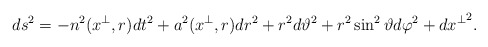
\begin{align*}ds^2=-n^2(x^\perp,r)dt^2+a^2(x^\perp,r)dr^2+r^2d\vartheta^2+r^2\sin^2\vartheta d\varphi^2+d{x^\perp}^2.\end{align*}